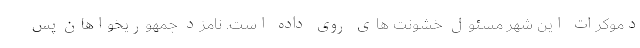
دموکرات این شهر مسئول خشونت های روی داده است. نامزد جمهوریخواهان پس